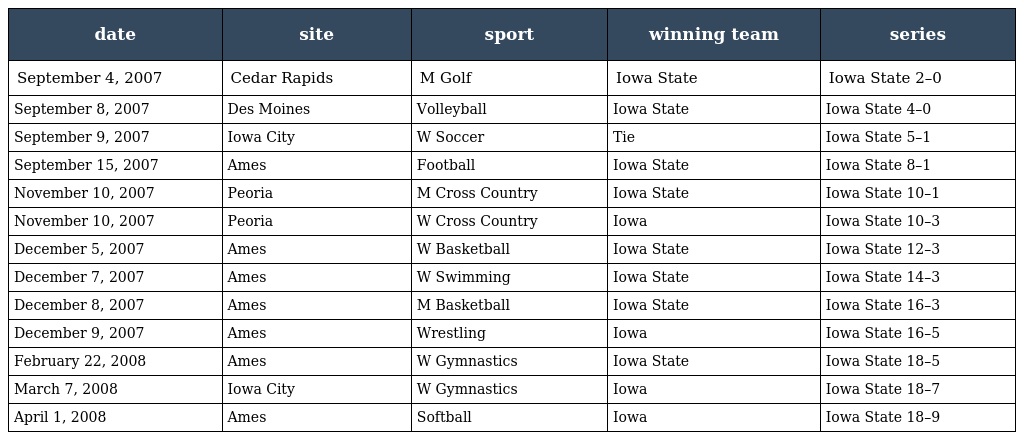
| date | site | sport | winning team | series |
 | --- | --- | --- | --- | --- |
 | September 4, 2007 | Cedar Rapids | M Golf | Iowa State | Iowa State 2–0 |
 | September 8, 2007 | Des Moines | Volleyball | Iowa State | Iowa State 4–0 |
 | September 9, 2007 | Iowa City | W Soccer | Tie | Iowa State 5–1 |
 | September 15, 2007 | Ames | Football | Iowa State | Iowa State 8–1 |
 | November 10, 2007 | Peoria | M Cross Country | Iowa State | Iowa State 10–1 |
 | November 10, 2007 | Peoria | W Cross Country | Iowa | Iowa State 10–3 |
 | December 5, 2007 | Ames | W Basketball | Iowa State | Iowa State 12–3 |
 | December 7, 2007 | Ames | W Swimming | Iowa State | Iowa State 14–3 |
 | December 8, 2007 | Ames | M Basketball | Iowa State | Iowa State 16–3 |
 | December 9, 2007 | Ames | Wrestling | Iowa | Iowa State 16–5 |
 | February 22, 2008 | Ames | W Gymnastics | Iowa State | Iowa State 18–5 |
 | March 7, 2008 | Iowa City | W Gymnastics | Iowa | Iowa State 18–7 |
 | April 1, 2008 | Ames | Softball | Iowa | Iowa State 18–9 |